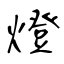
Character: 燈